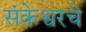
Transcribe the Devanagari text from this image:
संकेश्वरचे